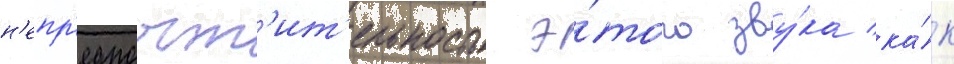
н'епр'едпочт'ит'ельность э́того зву́ка ка́к